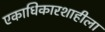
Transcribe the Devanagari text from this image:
एकाधिकारशाहीला